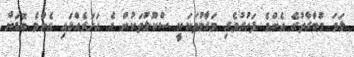
ލަވަ މުބާރާތުގެ އެންމެ ފަހުރުވެރި މަގާމުތަކަކީ ސްކޫލުތަކުން އެ އަހަރެއްގައި އެންމެ ބޮޑަށް